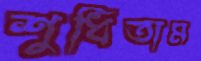
শুধিতাম